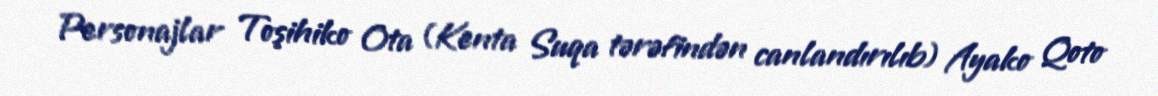
Personajlar Toşihiko Ota (Kenta Suqa tərəfindən canlandırılıb) Ayako Qoto